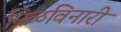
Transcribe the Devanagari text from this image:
मिळविनारी